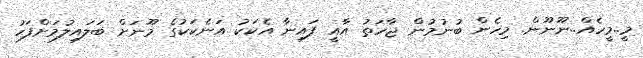
މީ..މީހެއް..ނޫނޫން. މިހެން ބުނުމުން ޖާހަތު އާއީ ފައިނާ އެކަކު އަނެކަކުގެ މޫނަށް ބަަލައިލުމަށްފަހު